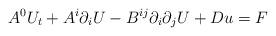
LaTeX: \begin{align*}A^{0}U_{t}+A^{i}\partial_{i}U-B^{ij}\partial_{i}\partial_{j}U+Du=F \end{align*}